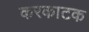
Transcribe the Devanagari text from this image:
करकाटक